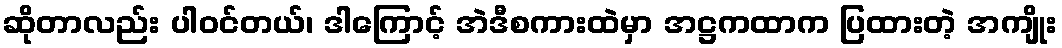
ဆိုတာလည်း ပါဝင်တယ်၊ ဒါကြောင့် အဲဒီစကားထဲမှာ အဋ္ဌကထာက ပြထားတဲ့ အကျိုး